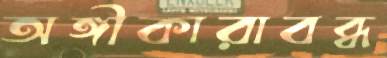
অঙ্গীকারাবব্ধ